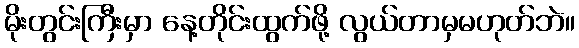
မိုးတွင်းကြီးမှာ နေ့တိုင်းထွက်ဖို့ လွယ်တာမှမဟုတ်ဘဲ။